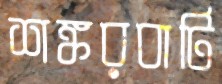
শঙ্করবাটি